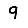
Digit: 9